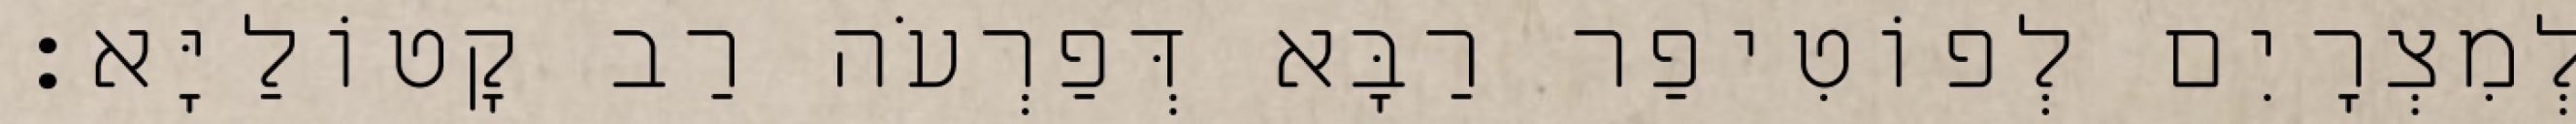
לְמִצְרָיִם לְפוֹטִיפַר רַבָּא דְּפַרְעֹה רַב קָטוֹלַיָּא׃